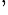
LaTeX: ^\mathrm{,}